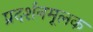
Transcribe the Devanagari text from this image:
प्रदर्शनमूलक